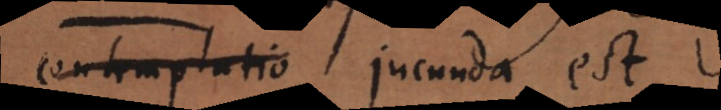
contemplatio jucunda est